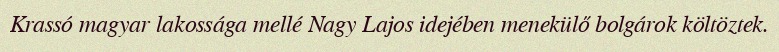
Krassó magyar lakossága mellé Nagy Lajos idejében menekülő bolgárok költöztek.